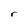
Character: r